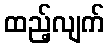
ထည့်လျက်